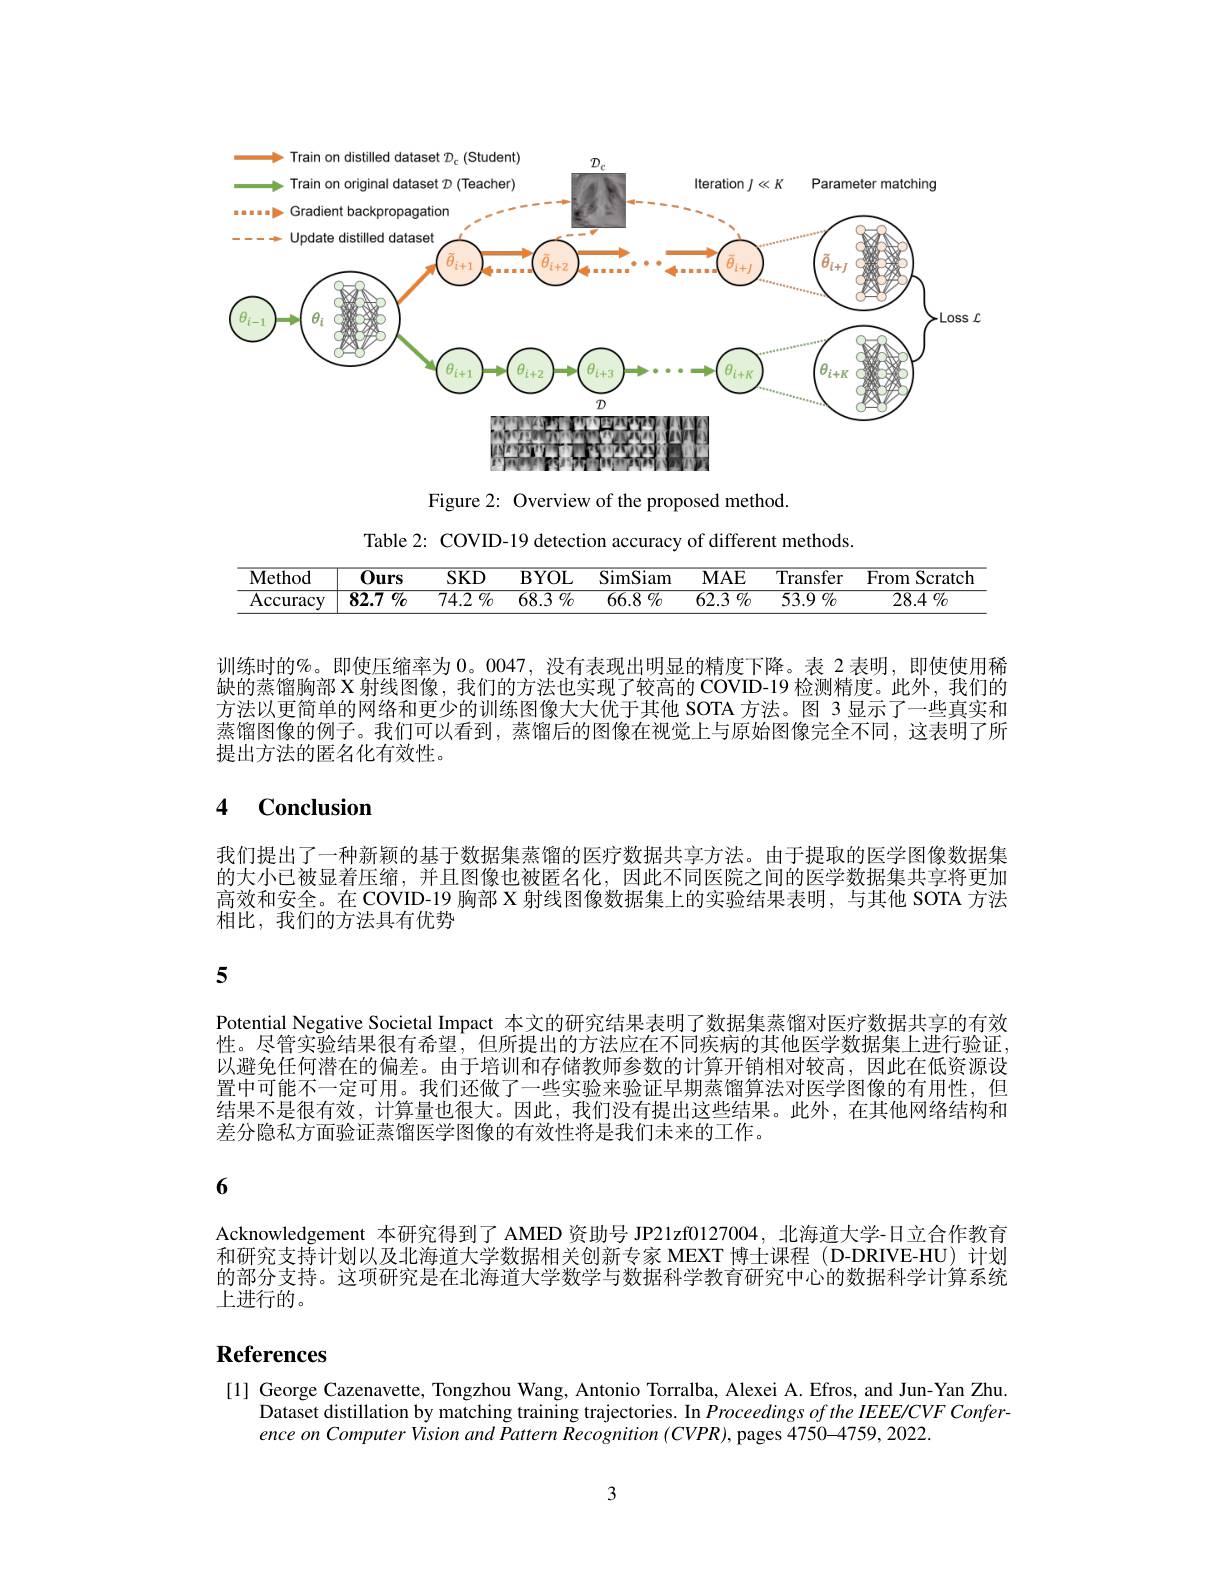
<FigureHere>

Figure 2: Overview of the proposed method.
Table 2: COVID-19 detection accuracy of different methods.

<table>
	<tbody>
		<tr>
			<th>Method</th>
			<th>$0urs$</th>
			<th>$SKD$</th>
			<th>$\mathbf{BYOL}$</th>
			<th>$\overline{\mathrm{SimSiam}}$</th>
			<th>$MAE$</th>
			<th>${\overline{{\mathrm{Transfer}}}}$</th>
			<th>From Scratch</th>
		</tr>
		<tr>
			<td>Accuracy</td>
			<td>82.7 $\%$</td>
			<td>74.2 $\%$</td>
			<td>$\overline{68.3}$</td>
			<td>66.8 $\%$</td>
			<td>62.3 $\%$</td>
			<td>$53.9\%$</td>
			<td>28.4 $\%$</td>
		</tr>
	</tbody>
</table>

训练时的%。即使压缩率为0。0047,没有表现出明显的精度下降。表 2 表明，即使使用稀缺的蒸馏胸部 X 射线图像，我们的方法也实现了较高的 COVID-19 检测精度。此外，我们的方法以更简单的网络和更少的训练图像大大优于其他 SOTA 方法。图 3 显示了一些真实和蒸馏图像的例子。我们可以看到，蒸馏后的图像在视觉上与原始图像完全不同，这表明了所提出方法的匿名化有效性。

## 4 $\mathbf{Conclusion}$

我们提出了一种新颖的基于数据集蒸馏的医疗数据共享方法。由于提取的医学图像数据集的大小已被显着压缩，并且图像也被匿名化，因此不同医院之间的医学数据集共享将更加高效和安全。在 COVID-19 胸部 X 射线图像数据集上的实验结果表明，与其他 SOTA 方法相比，我们的方法具有优势

5

Potential Negative Societal Impact 本文的研究结果表明了数据集蒸馏对医疗数据共享的有效性。尽管实验结果很有希望，但所提出的方法应在不同疾病的其他医学数据集上进行验证， 以避免任何潜在的偏差。由于培训和存储教师参数的计算开销相对较高，因此在低资源设置中可能不一定可用。我们还做了一些实验来验证早期蒸馏算法对医学图像的有用性，但结果不是很有效，计算量也很大。因此，我们没有提出这些结果。此外，在其他网络结构和差分隐私方面验证蒸馏医学图像的有效性将是我们未来的工作。

6

Acknowledgement 本研究得到了 AMED 资助号 JP21zf0127004,北海道大学-日立合作教育和研究支持计划以及北海道大学数据相关创新专家 MEXT 博士课程 (D-DRIVE-HU) 计划的部分支持。这项研究是在北海道大学数学与数据科学教育研究中心的数据科学计算系统上进行的。

# References

[1] George Cazenavette, Tongzhou Wang, Antonio Torralba, Alexei A. Efros, and Jun-Yan Zhu.
Dataset distillation by matching training trajectories. In Proceedings of the IEEE/CVF Confer-
ence on Computer Vision and Pattern Recognition $(CVPR)$, pages 4750-4759, 2022

3